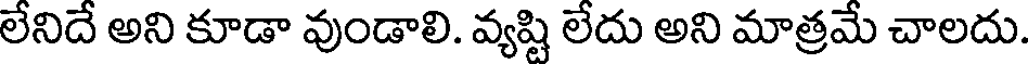
లేనిదే అని కూడా వుండాలి. వ్యష్టి లేదు అని మాత్రమే చాలదు.